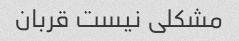
مشکلی نیست قربان